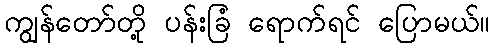
ကျွန်တော်တို့ ပန်းခြံ ရောက်ရင် ပြောမယ်။